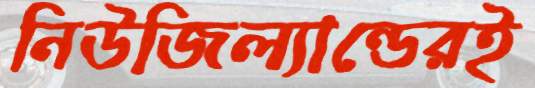
নিউজিল্যান্ডেরই